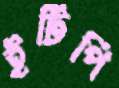
ইটিপি